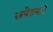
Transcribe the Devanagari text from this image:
लपेटणारे